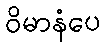
ဝိမာနံပေ